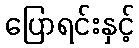
ပြောရင်းနှင့်